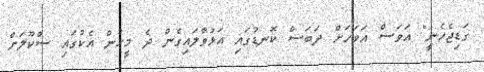
ގަޑިޖެހެނީ" އަވަސް އަވަހަށް ދަބަސް ކޮނޑުގައި އަޅުވާލައިގެން ދެ މީހުން އެކުގައި ސްކޫލަށް